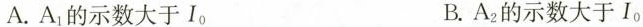
A. A_{1} 的示数大于I_{0} B. A_{2} 的示数大于I_{0}